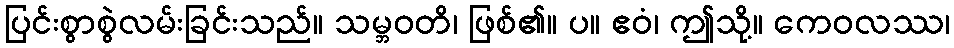
ပြင်းစွာစွဲလမ်းခြင်းသည်။ သမ္ဘဝတိ၊ ဖြစ်၏။ ပ။ ဧဝံ၊ ဤသို့။ ကေဝလဿ၊